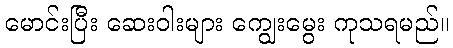
မောင်းပြီး ဆေးဝါးများ ကျွေးမွေး ကုသရမည်။